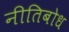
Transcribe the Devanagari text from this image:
नीतिबोध